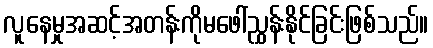
လူနေမှုအဆင့်အတန်းကိုမဖေါ်ညွှန်းနိုင်ခြင်းဖြစ်သည်။